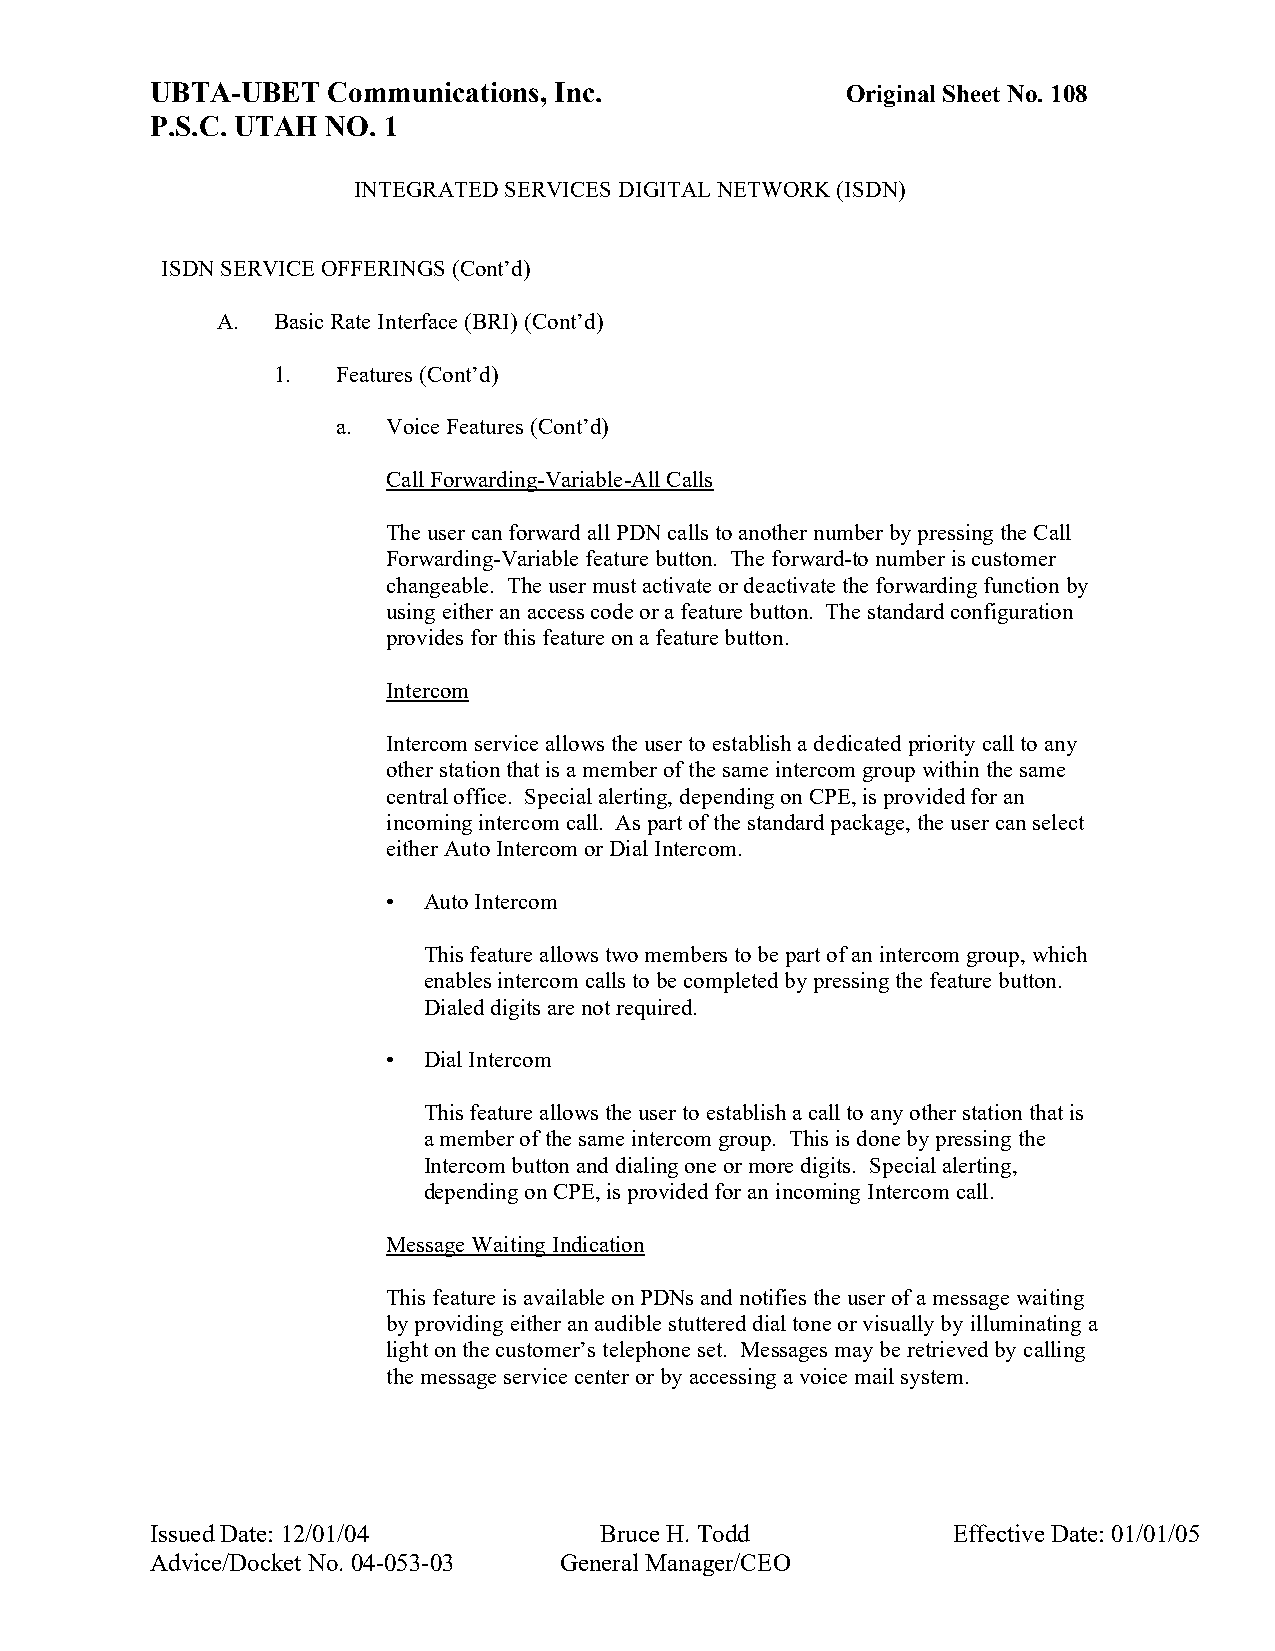
UBTA-UBET   Communications, Inc.              Original Sheet No. 108
 P.S.C. UTAH NO. 1
 INTEGRATED SERVICES DIGITAL NETWORK (ISDN)
 ISDN SERVICE OFFERINGS (Cont’d)
 A.  Basic Rate Interface (BRI) (Cont’d)
 1.  Features (Cont’d)
 a.  Voice Features (Cont’d)
 Call Forwarding-Variable-All Calls
 The user can forward all PDN calls to another number by pressing the Call
 Forwarding-Variable feature button. The forward-to number is customer
 changeable. The user must activate or deactivate the forwarding function by
 using either an access code or a feature button. The standard configuration
 provides for this feature on a feature button.
 Intercom
 Intercom service allows the user to establish a dedicated priority call to any
 other station that is a member of the same intercom group within the same
 central office. Special alerting, depending on CPE, is provided for an
 incoming intercom call. As part of the standard package, the user can select
 either Auto Intercom or Dial Intercom.
 • Auto Intercom
 This feature allows two members to be part of an intercom group, which
 enables intercom calls to be completed by pressing the feature button.
 Dialed digits are not required.
 • Dial Intercom
 This feature allows the user to establish a call to any other station that is
 a member of the same intercom group. This is done by pressing the
 Intercom button and dialing one or more digits. Special alerting,
 depending on CPE, is provided for an incoming Intercom call.
 Message Waiting Indication
 This feature is available on PDNs and notifies the user of a message waiting
 by providing either an audible stuttered dial tone or visually by illuminating a
 light on the customer’s telephone set. Messages may be retrieved by calling
 the message service center or by accessing a voice mail system.
 Issued Date: 12/01/04         Bruce H. Todd          Effective Date: 01/01/05
 Advice/Docket No. 04-053-03 General Manager/CEO